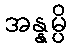
အန္နမ္ပိ